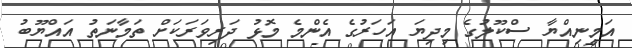
އަމީނިއްޔާ ސްކޫލުގެ މިދިޔަ އަހަރުގެ އެންމެ މޮޅު ދަރިވަރަކަށް ތަމާނަތު އައްޔޫބު